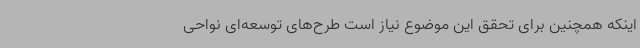
اینکه همچنین برای تحقق این موضوع نیاز است طرح‌های توسعه‌ای نواحی